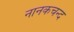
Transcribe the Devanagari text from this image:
नानकचन्द